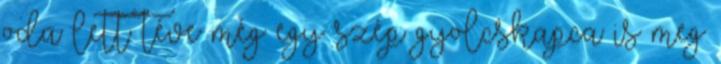
oda lett téve még egy szép gyolcskapca is meg